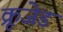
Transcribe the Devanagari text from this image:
क्रूजेड